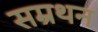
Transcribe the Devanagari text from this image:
सम्रथन